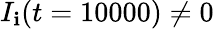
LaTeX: I_{\mathbf{i}}(t=10000)\neq0